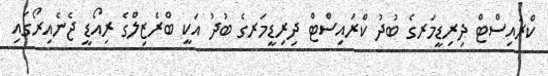
ކްރައިސްޓް ދިރިޑީމަރގެ ބުދު ކްރައިސްޓް ދިރިޑީމަރގެ ބުދު އަކީ ބްރެޒިލްގެ ރިއޯޑީ ޖެނެއިރޯގައި